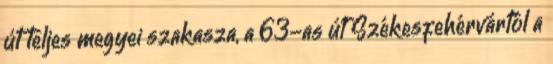
út teljes megyei szakasza, a 63-as út Székesfehérvártól a